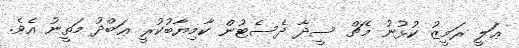
ޢަލީ ރަމީޒު ކުޅުނު މެޗް ސީދާ ދެސެޓުން ކާމިޔާބުކުރީ ޢަބްދު މަތީނު އެވެ.